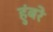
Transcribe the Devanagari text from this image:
हुंबरे